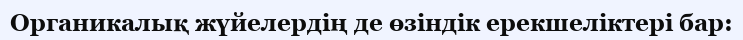
Органикалық жүйелердің де өзіндік ерекшеліктері бар: